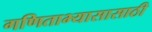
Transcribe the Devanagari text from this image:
गणिताभ्यासासाठी